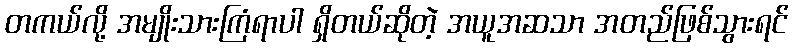
တကယ်လို့ အမျိုးသားကြံရာပါ ရှိတယ်ဆိုတဲ့ အယူအဆသာ အတည်ဖြစ်သွားရင်